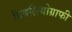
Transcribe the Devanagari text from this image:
बिबलियोग्राफी